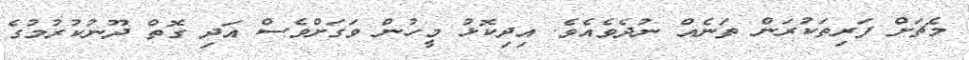
މެޗަށް ފަރިތަކުރަން ތަނެއް ނުދެވެއެވެ. އިދިކޮޅު މީހުން ވަގަށްވެސް އަދި ގޮތް ދޫނުކުރުމުގެ